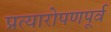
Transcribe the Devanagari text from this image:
प्रत्यारोपणपूर्व